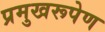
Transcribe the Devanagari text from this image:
प्रमुखरूपेण